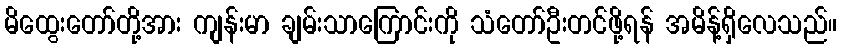
မိထွေးတော်တို့အား ကျန်းမာ ချမ်းသာကြောင်းကို သံတော်ဦးတင်ဖို့ရန် အမိန့်ရှိလေသည်။